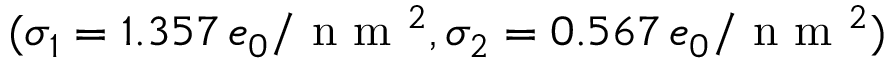
( \sigma _ { 1 } = 1 . 3 5 7 \, e _ { 0 } / \textrm { n m } ^ { 2 } , \sigma _ { 2 } = 0 . 5 6 7 \, e _ { 0 } / \textrm { n m } ^ { 2 } )